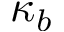
\kappa _ { b }